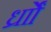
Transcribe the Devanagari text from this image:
र्ध्रााेंं